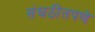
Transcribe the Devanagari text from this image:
संघठीतपणे